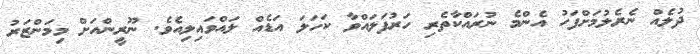
ދުލެއް ނެރެލުމަށްފަހު އެންމެ ނުރައްކާތެރި ހަރުފަލައްވާ ކަހަލަ އަޑެއް ލައްވައިލިއެވެ. ނޫރީންއަށް މިމަންޒަރު